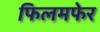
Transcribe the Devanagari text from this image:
फिलमफेर